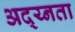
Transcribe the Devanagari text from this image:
अद्य्नता